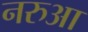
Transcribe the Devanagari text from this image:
नरुआ